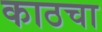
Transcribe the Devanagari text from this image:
काठचा